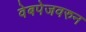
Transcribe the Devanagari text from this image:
वेबपेजवरुन